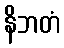
နိဘတံ